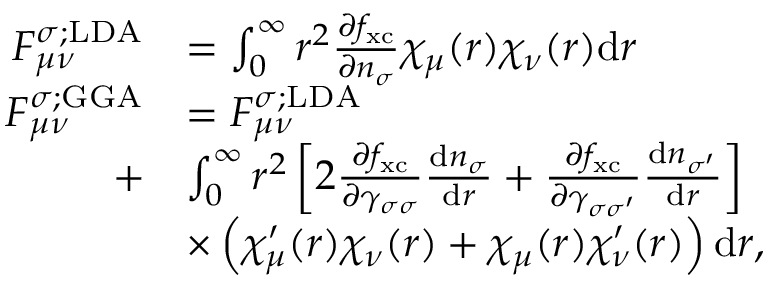
\begin{array} { r l } { F _ { \mu \nu } ^ { \sigma ; \mathrm { L D A } } } & { = \int _ { 0 } ^ { \infty } r ^ { 2 } \frac { \partial f _ { \mathrm { x c } } } { \partial n _ { \sigma } } \chi _ { \mu } ( r ) \chi _ { \nu } ( r ) \mathrm { d } r } \\ { F _ { \mu \nu } ^ { \sigma ; \mathrm { G G A } } } & { = F _ { \mu \nu } ^ { \sigma ; \mathrm { L D A } } } \\ { + } & { \int _ { 0 } ^ { \infty } r ^ { 2 } \left[ 2 \frac { \partial f _ { \mathrm { x c } } } { \partial \gamma _ { \sigma \sigma } } \frac { \mathrm { d } n _ { \sigma } } { \mathrm { d } r } + \frac { \partial f _ { \mathrm { x c } } } { \partial \gamma _ { \sigma \sigma ^ { \prime } } } \frac { \mathrm { d } n _ { \sigma ^ { \prime } } } { \mathrm { d } r } \right] } \\ & { \times \left( \chi _ { \mu } ^ { \prime } ( r ) \chi _ { \nu } ( r ) + \chi _ { \mu } ( r ) \chi _ { \nu } ^ { \prime } ( r ) \right) \mathrm { d } r , } \end{array}